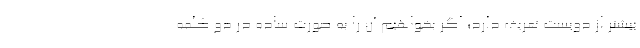
بیشتر از دویست تعریف دارد؛ اگر بخواهیم آن را به صورت ساده در دو کلمه